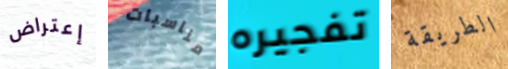
إعتراض مناسبات تفجيره الطريقة